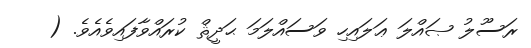
ރަސޫލު ޞައްލަ ޢަލައިހި ވަސައްލަމަ ޙަދީޘް ކުރައްވާފައިވެއެވެ. (